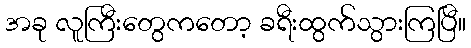
အခု လူကြီးတွေကတော့ ခရီးထွက်သွားကြပြီ။